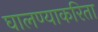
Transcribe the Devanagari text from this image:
घालण्याकरिता